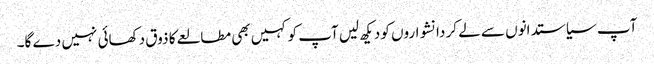
آپ سیاستدانوں سے لے کر دانشواروں کو دیکھ لیں آپ کو کہیں بھی مطالعے کا ذوق دکھائی نہیں دے گا۔